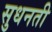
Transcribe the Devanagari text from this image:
सुधनती